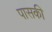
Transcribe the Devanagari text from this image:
पासकी